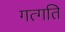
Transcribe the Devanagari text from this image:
गत्गति